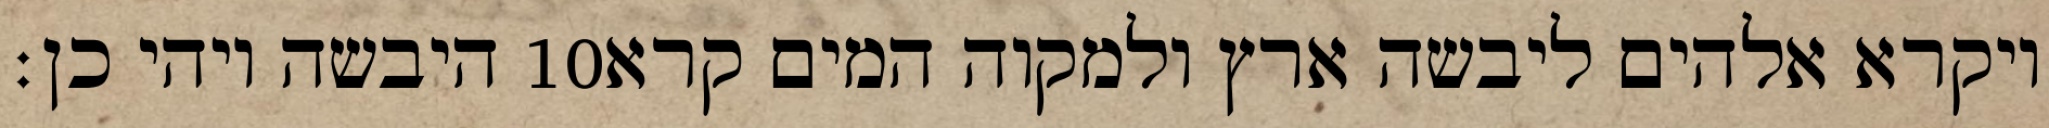
היבשה ויהי כן׃ ‎10‏ ויקרא אלהים ליבשה ארץ ולמקוה המים קרא